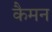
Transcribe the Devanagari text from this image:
कैमन